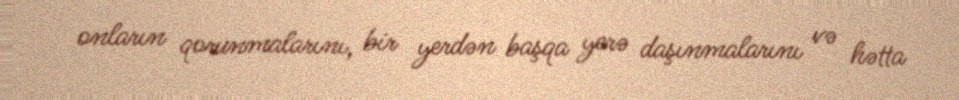
onların qorunmalarını, bir yerdən başqa yerə daşınmalarını və hətta